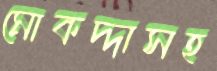
মোকদ্দাসহ